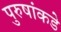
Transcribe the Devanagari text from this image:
पुरुषांकडे